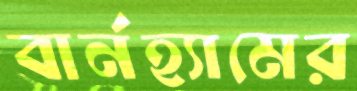
বার্নহ্যামের